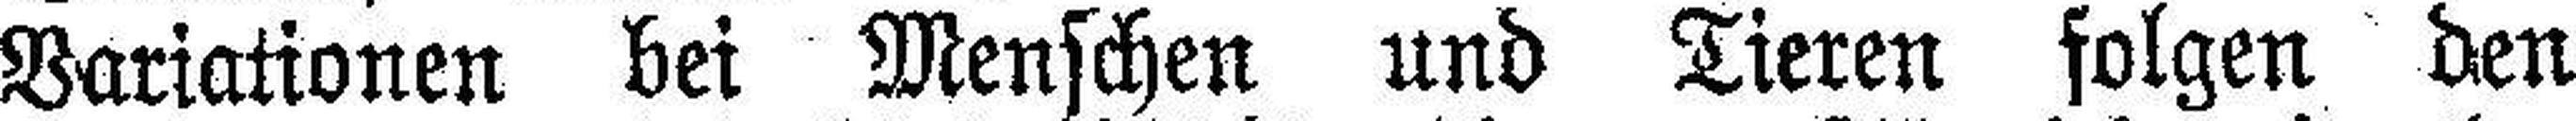
Variationen bei Menschen und Tieren folgen den